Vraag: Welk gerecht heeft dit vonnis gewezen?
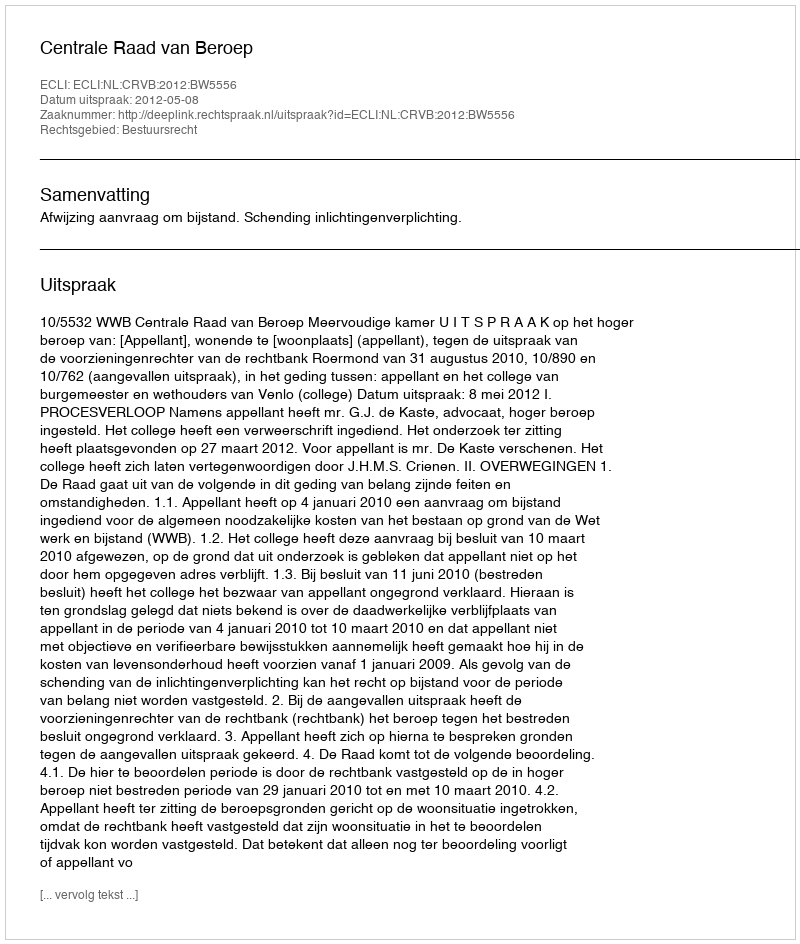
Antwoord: Centrale Raad van Beroep